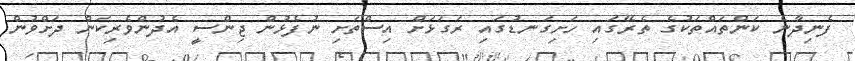
ފެނިދާނެ ކަންތައްތަކުގެ ތެރޭގައި ހަށިގަނޑުގައި ރަގަޅަށް އިސްތަށި ނުފެޅުން ޖިންސީ އެދުންވެރިކަން ދަށްވުން